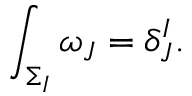
\int _ { \Sigma _ { I } } \omega _ { J } = \delta _ { J } ^ { I } .